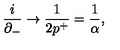
\frac { i } { \partial _ { - } } \rightarrow \frac { 1 } { 2 p ^ { + } } = \frac { 1 } { \alpha } ,